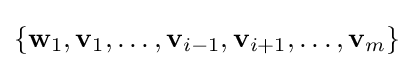
\{\mathbf {w} _{1},\mathbf {v} _{1},\ldots ,\mathbf {v} _{i-1},\mathbf {v} _{i+1},\ldots ,\mathbf {v} _{m}\}